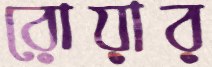
রোয়ার